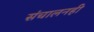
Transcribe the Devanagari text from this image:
संचालनही